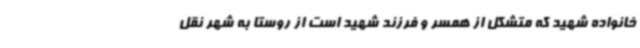
خانواده شهید که متشکل از همسر و فرزند شهید است از روستا به شهر نقل